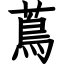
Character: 蔦